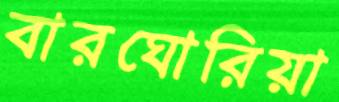
বারঘোরিয়া